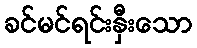
ခင်မင်ရင်းနှီးသော